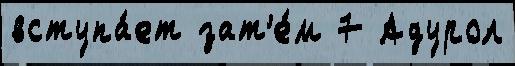
вступа́ет зат'е́м 7 Адурол